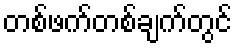
တစ်ဖက်တစ်ချက်တွင်